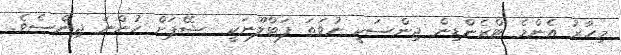
މިހާރު އެންމެ ޓްރެންޑިން ޖިންސަކީ ނުވަތަ ފަޓްލޫނަކީ  ޝޭޕަށް ހުންނަ ޖިންސެވެ.